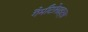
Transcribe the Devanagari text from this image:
गैमीटोसाइट्स